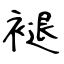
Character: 褪